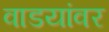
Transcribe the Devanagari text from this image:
वाडयांवर